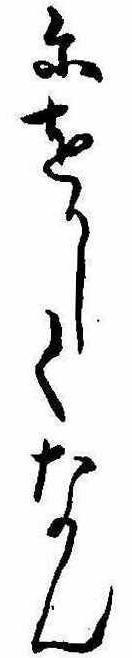
にをかしくなん